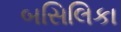
બસિલિકા